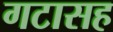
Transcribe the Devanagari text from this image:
गटासह